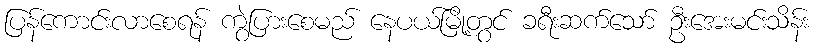
ပြန်ကောင်းလာစေရန် ကွဲပြားစေမည် နေပယ်မြို့တွင် ခရီးဆက်သော် ဦးအေးမင်းသိန်း